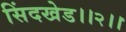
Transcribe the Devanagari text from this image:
सिंदखेड।।२।।